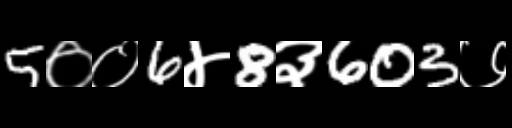
Text: 5००6४8३603७